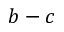
b - c